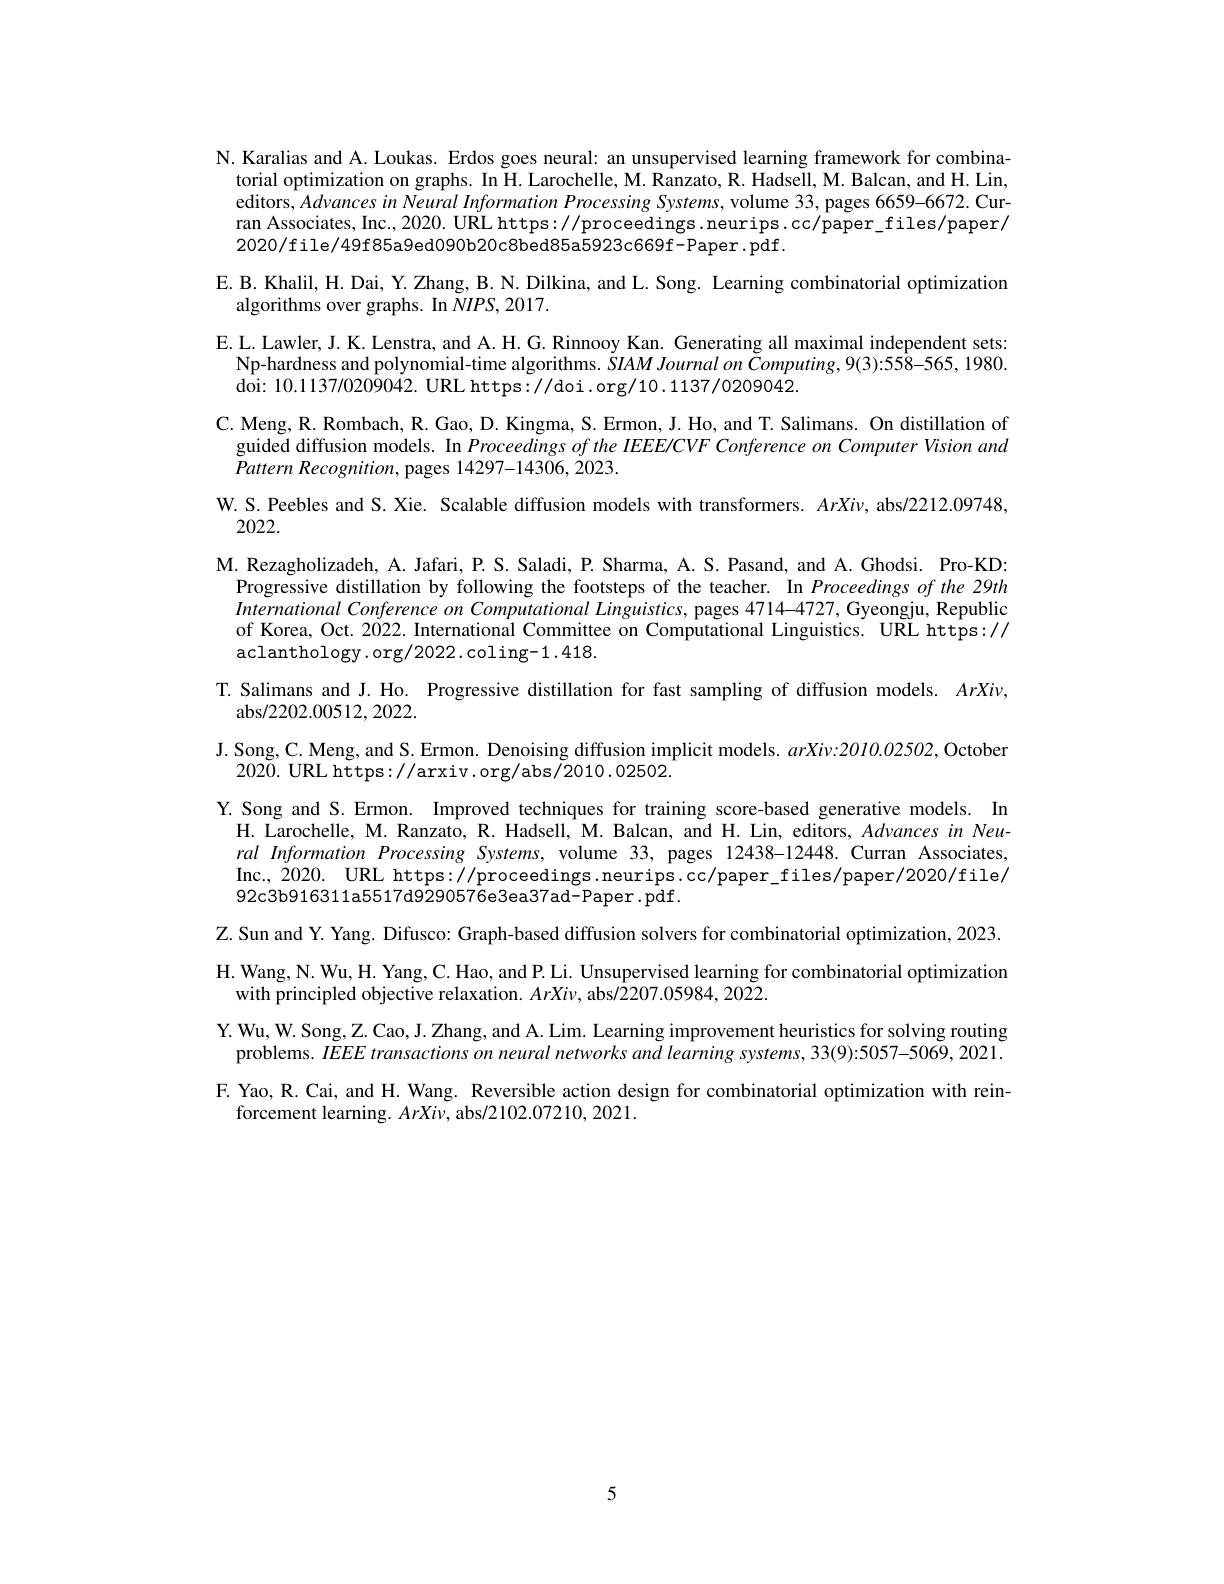
N. Karalias and A. Loukas. Erdos goes neural: an unsupervised learning framework for combina-
torial optimization on graphs. In H. Larochelle, M. Ranzato, R. Hadsell, M. Balcan, and H. Lin, editors, Advances in Neural Information Processing Systems, volume 33, pages 6659-6672. Curran Associates, Inc., 2020. URL https: / proceedings .neurips. cc/paper\_files/paper/ 2020/file/49f85a9ed090b20c8bed85a5923c669f-Paper.pdf.
E. B. Khalil, H. Dai, Y. Zhang, B. N. Dilkina, and L. Song. Learning combinatorial optimization
algorithms over graphs. In $NIPS,2017.$
E. L. Lawler, J. K. Lenstra, and A. H. G. Rinnooy Kan. Generating all maximal independent sets:
Np-hardness and polynomial-time algorithms. ŠIAM Journal on Õomputing, 9(3):558-565, 1980.
doi: 10.1137/0209042. URL https://doi.org/10.1137/0209042.
C. Meng, R. Rombach, R. Gao, D. Kingma, S. Ermon, J. Ho, and T. Salimans. On distillation of
guided diffusion models. In Proceedings of the IEEE/CVF Conference on Computer Vision and
Pattern $Recognition$, pages 14297-14306, 2023.
W. S. Peebles and S. Xie. Scalable diffusion models with transformers. $ArXi\nu$, abs/2212.09748,
2022.
M. Rezagholizadeh, A. Jafari, P. S. Saladi, P. Sharma, A. S. Pasand, and A. Ghodsi. Pro-KD: Progressive distillation by following the footsteps of the teacher. In Proceedings of the 29th International Conference on Computational Linguistics, pages 4714-4727, Gyeongju, Republic of Korea, Oct. 2022. International Committee on Computational Linguistics. URL https:// aclanthology.org/2022.coling-1.418.
T. Salimans and J. Ho. Progressive distillation for fast sampling of diffusion models. $ArXi\nu$,
${\mathrm{abs/2202.00512,2022.}}$
J. Song, C. Meng, and S. Ermon. Denoising diffusion implicit models. $arXiv:2010.02502$, October
2020. URL https://arxiv.org/abs/2010.02502.
Y.Song and S.Ermon. Improved techniques for training score-based generative models. In H. Larochelle, M. Ranzato, R. Hadsell, M. Balcan, and H. Lin, editors, Advances in Neural Information Processing Systems, volume 33, pages 12438-12448. Curran Associates, Inc., 2020. URL https://proceedings.neurips.cc/paper\_files/paper/2020/file/ 92c3b916311a5517d9290576e3ea37ad-Paper.pdf.
Z. Sun and Y. Yang. Difusco: Graph-based diffusion solvers for combinatorial optimization, 2023. H. Wang, N. Wu, H. Yang, C. Hao, and P. Li. Unsupervised learning for combinatorial optimization
with principled objective relaxation. $ArXi\nu$, abs/2207.05984, 2022.
Y. Wu, W. Song, Z. Cao, J. Zhang, and A. Lim. Learning improvement heuristics for solving routing
problems. $\tilde {IEEE}\textit{transactions on neural networks and learning systems, 33( 9) : 5057- 5069, 2021. }$ F. Yao, R. Cai, and H. Wang. Reversible action design for combinatorial optimization with rein-
forcement learning. $ArXi\nu$, abs/2102.07210, 2021.

5